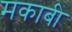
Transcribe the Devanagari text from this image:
मकाबी